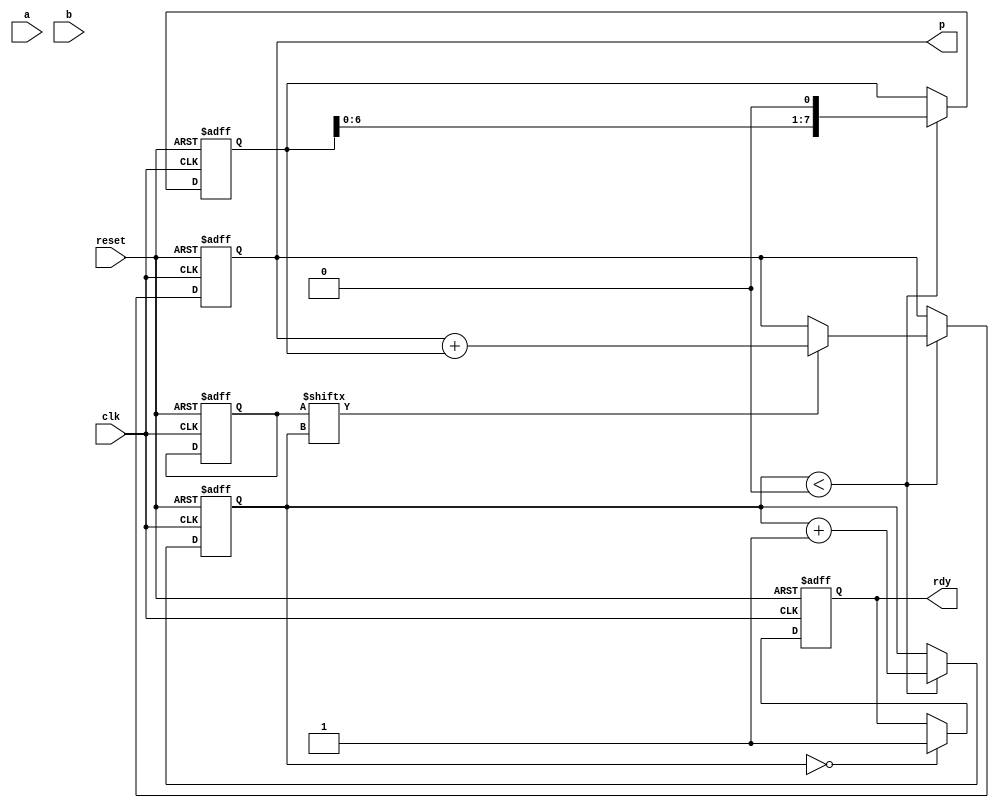
module multi_booth_8bit (
  input clk,
  input reset,
  input [7:0] a,
  input [7:0] b,
  output reg [15:0] p,
  output reg rdy
);
  reg [7:0] multiplicand;
  reg [7:0] multiplier;
  reg [3:0] ctr;
  
  always @(posedge clk or posedge reset) begin
    if (reset) begin
      multiplicand <= 8'b0;
      multiplier <= 8'b0;
      ctr <= 4'b0;
      p <= 16'b0;
      rdy <= 1'b0;
    end
    else begin
      if (ctr < 4'b10000) begin
        multiplicand <= multiplicand << 1;
        
        if (multiplier[ctr] == 1'b1)
          p <= p + multiplicand;
        
        ctr <= ctr + 1;
      end
      
      if (ctr == 4'b10000)
        rdy <= 1'b1;
    end
  end
endmodule